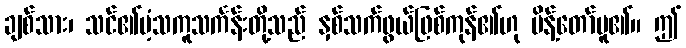
ချစ်သား၊ သင်၏ပံ့သကူသင်္ကန်းတို့သည် နှစ်သက်ဖွယ်ဖြစ်ကုန်၏ဟု မိန့်တော်မူ၏။ ဤ